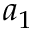
a _ { 1 }